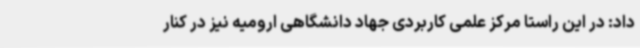
داد: در این راستا مرکز علمی کاربردی جهاد دانشگاهی ارومیه نیز در کنار